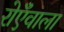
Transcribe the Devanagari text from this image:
रोएँवाला